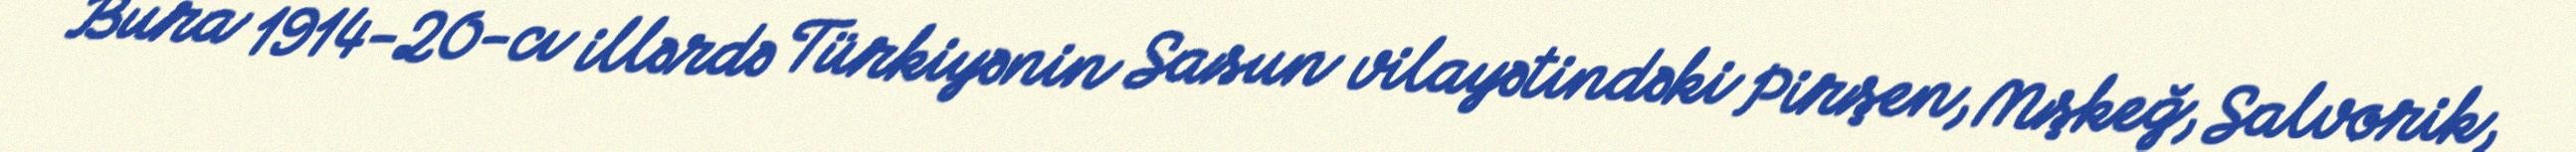
Bura 1914-20-cı illərdə Türkiyənin Sasun vilayətindəki Pirşen, Mşkeğ, Salvorik,